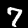
Digit: 7